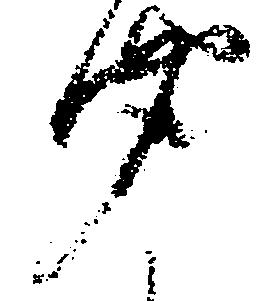
聞